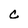
Character: c